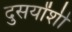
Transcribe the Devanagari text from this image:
दुसर्यांशी